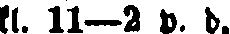
kl. 11—2 p. d.